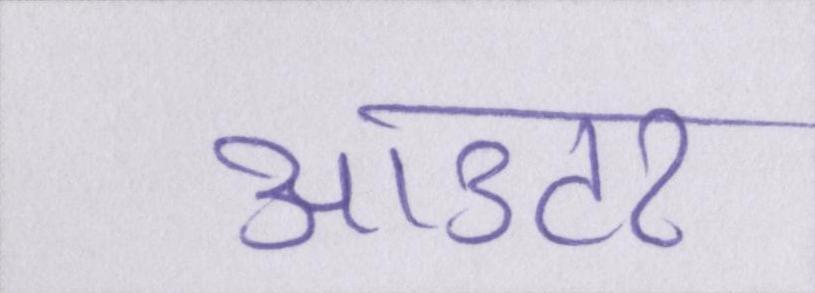
आउटर